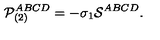
{ \cal P } _ { ( 2 ) } ^ { A B C D } = - \sigma _ { 1 } { \cal S } ^ { A B C D } .